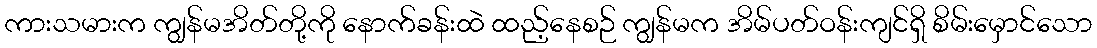
ကားသမားက ကျွန်မအိတ်တို့ကို နောက်ခန်းထဲ ထည့်နေစဉ် ကျွန်မက အိမ်ပတ်ဝန်းကျင်ရှိ စိမ်းမှောင်သော